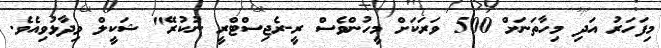
މިފަހަރު އަދި މިހާތަނަށް 500 ވަރަކަށް މީހުންވެސް ރީ-ރެޖިސްޓްރީ ނުކުރޭ" ޝަކީލް ވިދާޅުވިއެވެ.